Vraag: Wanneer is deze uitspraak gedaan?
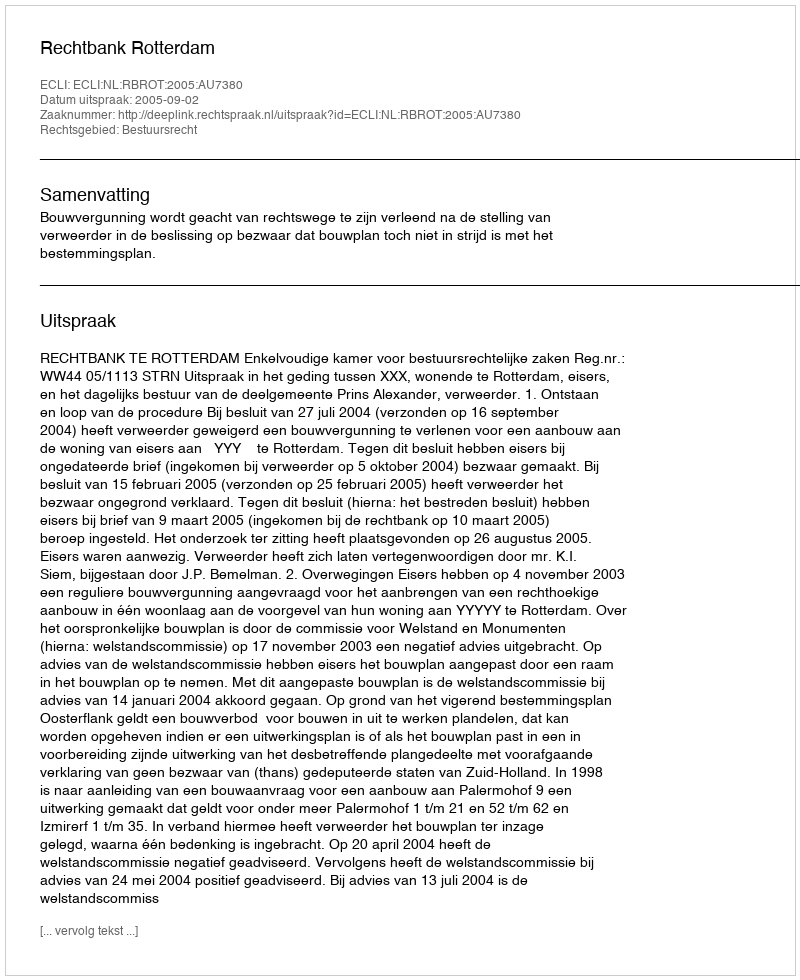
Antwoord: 2005-09-02